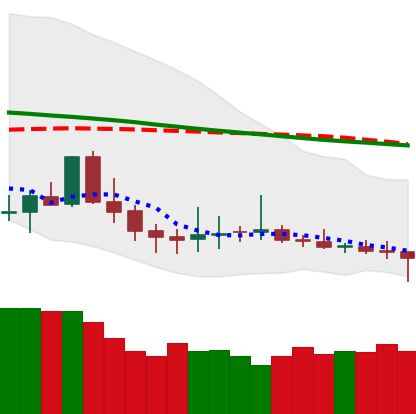
Ticker: DOGE-USD
Chart end date: 2019-12-15
Forward return: -3.668%
Label: down_3_5